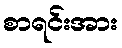
စာရင်းအား